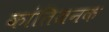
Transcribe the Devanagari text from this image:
कांतिजनक